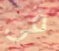
فى